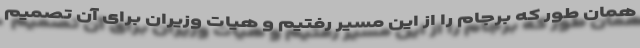
همان طور که برجام را از این مسیر رفتیم و هیات وزیران برای آن تصمیم